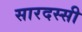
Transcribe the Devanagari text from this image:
सारदस्सी